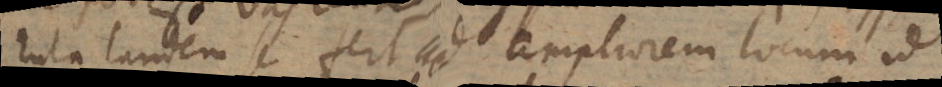
rula tandem se fert ad ampliorem locum id